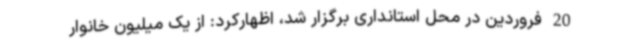
20 فروردین در محل استانداری برگزار شد، اظهارکرد: از یک میلیون خانوار